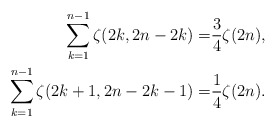
\begin{align*} \sum_{k=1}^{n-1} \zeta(2k,2n-2k)=&\frac34\zeta(2n), \\ \sum_{k=1}^{n-1} \zeta(2k+1,2n-2k-1)=&\frac14\zeta(2n). \end{align*}